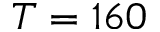
T = 1 6 0